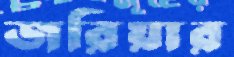
জরিয়ার